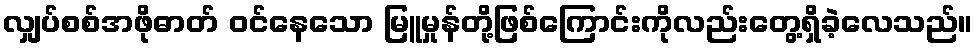
လျှပ်စစ်အဖိုဓာတ် ဝင်နေသော မြူမှုန်တို့ဖြစ်ကြောင်းကိုလည်းတွေ့ရှိခဲ့လေသည်။